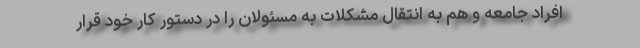
افراد جامعه و هم به انتقال مشکلات به مسئولان را در دستور کار خود قرار